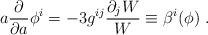
LaTeX: \begin{align*} a {\partial \over \partial a} \phi^i = - 3 g^{ij}{\partial_j W \over W}\equiv \beta^i(\phi) \ .\end{align*}